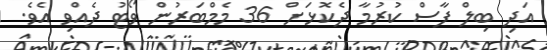
އަދި ބިލް ފާސް ކުރުމާ ދެކޮޅަށް 36 މެމްބަރުން ވޯޓު ދެއްވި އެވެ.